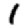
Digit: 1